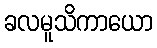
ခလမူသိကာယော